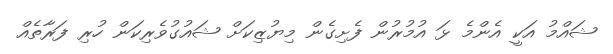
ޝައްމު އަކީ އެންމެ ޅަ އުމުރުން ފެށިގެން މިޔުޒިކަށް ޝައުގުވެރިކަން ހުރި ފަރާތެއް